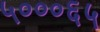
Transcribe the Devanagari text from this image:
५०००६५